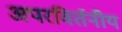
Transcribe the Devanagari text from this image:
अपरविर्तनीय